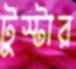
টুস্টার